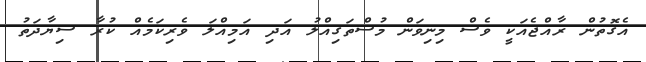
އެގޮތުން ރާއްޖެއަކީ ވެސް މިނިވަން މުސްތަގިއްލު އަދި އަމިއްލަ ވެރިކަމެއް ކުރާ ސިޔާދަތު